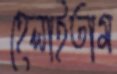
হেলাইতাম